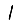
Digit: 1